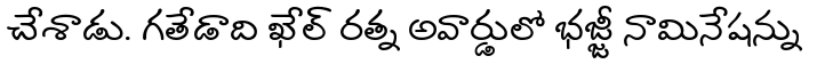
చేశాడు. గతేడాది ఖేల్ రత్న అవార్డులో భజ్జీ నామినేషన్ను